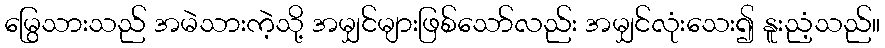
မြွေသားသည် အမဲသားကဲ့သို့ အမျှင်များဖြစ်သော်လည်း အမျှင်လုံးသေး၍ နူးညံ့သည်။